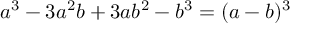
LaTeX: a ^ { 3 } - 3 a ^ { 2 } b + 3 a b ^ { 2 } - b ^ { 3 } = ( a - b ) ^ { 3 }